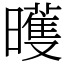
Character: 㬦